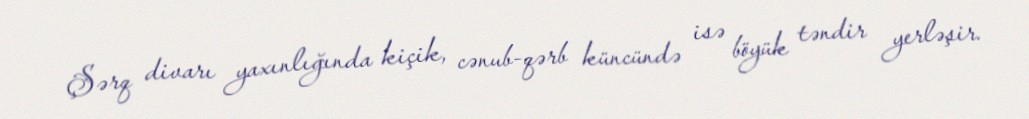
Şərq divarı yaxınlığında kiçik, cənub-qərb küncündə isə böyük təndir yerləşir.